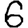
Digit: 6